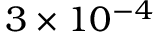
3 \times 1 0 ^ { − 4 }